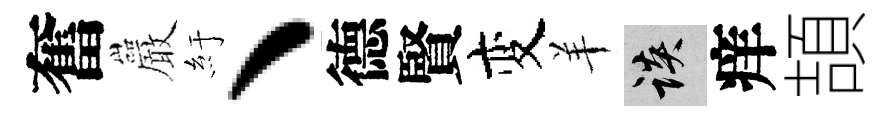
奮巖紆、德賢变羊談痒頡